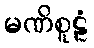
မဏိစူဠံ